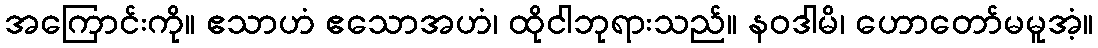
အကြောင်းကို။ ဧသာဟံ ဧသောအဟံ၊ ထိုငါဘုရားသည်။ နဝဒါမိ၊ ဟောတော်မမူအံ့။